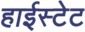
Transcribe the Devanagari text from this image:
हाईस्टेट